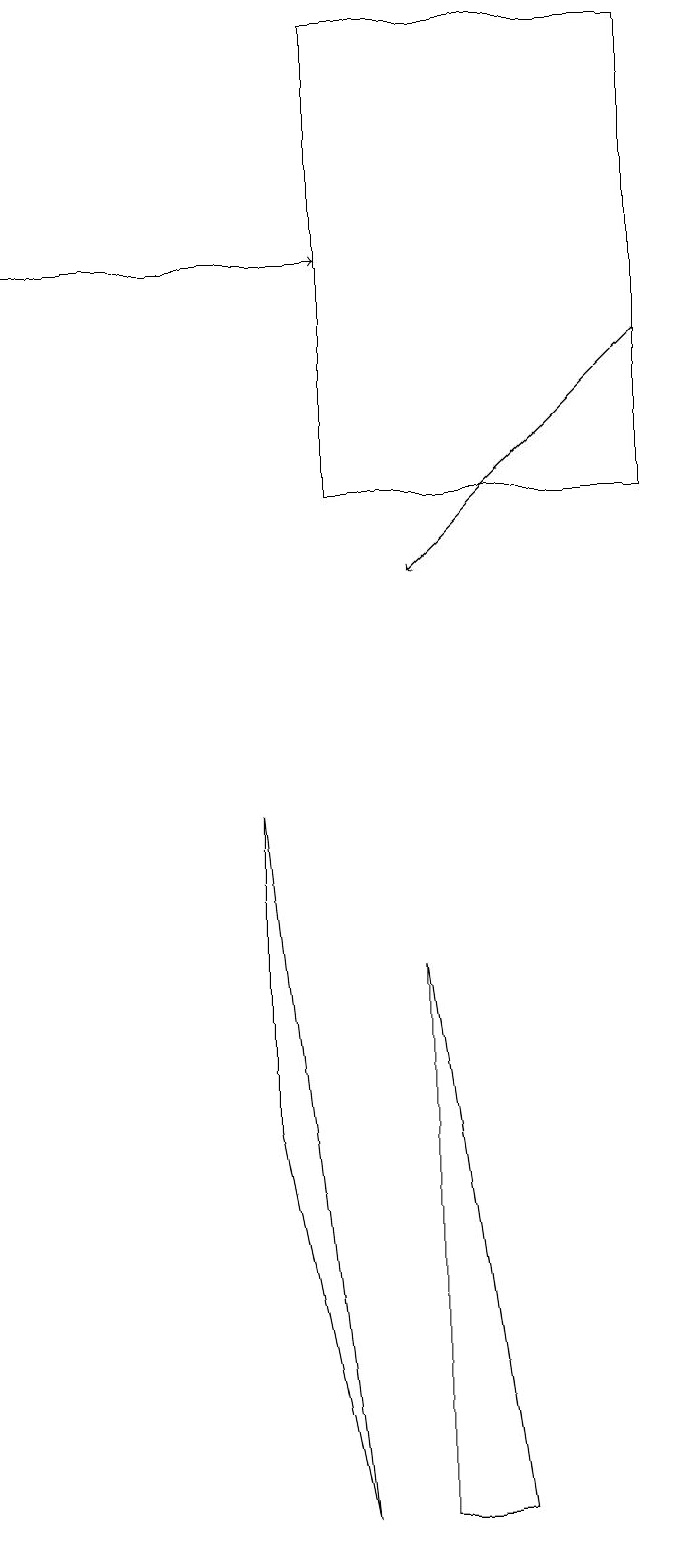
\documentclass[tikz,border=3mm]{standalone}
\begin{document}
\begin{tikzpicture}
\draw (6,0) -- (5,0) -- (5,7) -- cycle;
\draw (8,13) rectangle (4,19);
\draw[->] (8,15) -- (5,12);
\draw (3,9) -- (3,5) -- (4,0) -- cycle;
\draw[->] (0,16) -- (4,16);
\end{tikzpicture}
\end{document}